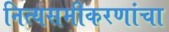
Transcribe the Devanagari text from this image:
नित्यसमीकरणांचा